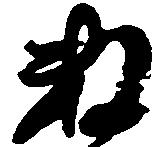
数